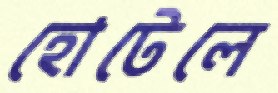
হোটেলে